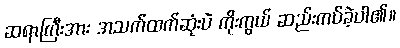
ဆရာကြီးအား အသက်ထက်ဆုံးပဲ ကိုးကွယ် ဆည်းကပ်ခဲ့ပါ၏။